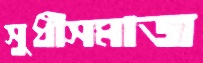
সুধীসমাজ